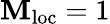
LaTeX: \mathbf{M}_{\mathrm{{loc}}}=1